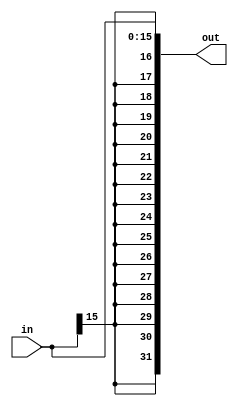
`timescale 1ns / 1ps
//////////////////////////////////////////////////////////////////////////////////
// Engineers: Sebastian Thiem, Brian Winkler
// % effort: Sebastian Thiem(50%), Brian Winkler(50%)
// 
// Module Name:    SignExtension 
// Project Name:   MIPS 32-bit Processor
//
// Description:    Extends a 16-bit input to a 32-bit output signed 
//
//////////////////////////////////////////////////////////////////////////////////
module SignExtension(in, 
                        out);
    (*keep = "true"*)
    
    // A 16-Bit input word 
    input [15:0] in;
    
    // A 32-Bit output word 
    output [31:0] out;
    
    // Assign 'out' to be a 32 bit number that concatenates 16 itterations of the 
    // first bit of 'in' + the 16bits of 'in'
    assign out = {{16{in[15]}}, {in[15:0]}};

endmodule